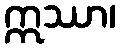
ဣဿာ၊